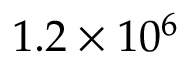
1 . 2 \times 1 0 ^ { 6 }